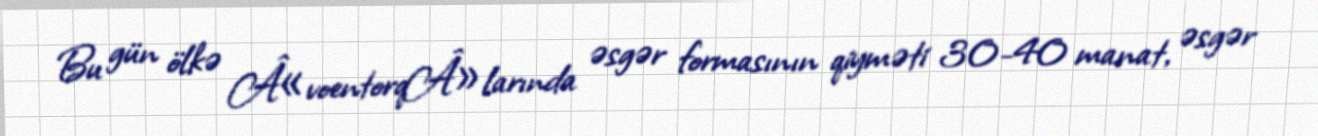
Bu gün ölkə Â«voentorqÂ»larında əsgər formasının qiyməti 30-40 manat, əsgər